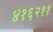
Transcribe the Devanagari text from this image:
४१६२११